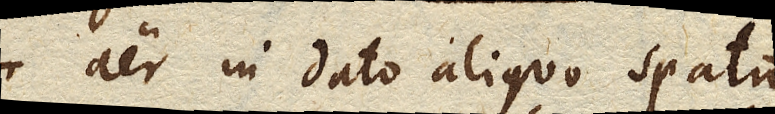
aer in dato aliquo spatio